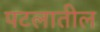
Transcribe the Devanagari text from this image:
पटलातील